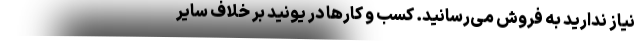
نیاز ندارید به فروش می‌رسانید. کسب و کارها در یونید بر خلاف سایر